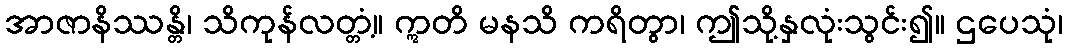
အာဇာနိဿန္တိ၊ သိကုန်လတ္တံ့။ ဣတိ မနသိ ကရိတွာ၊ ဤသို့နှလုံးသွင်း၍။ ဌပေသုံ၊